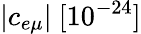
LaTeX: |c_{e\mu}|~[10^{-24}]